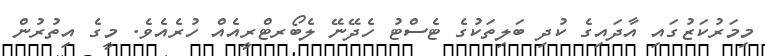
މިމަރުކަޒުގައި އާދައިގެ ކުދި ބަލިތަކުގެ ޓެސްޓު ހެދޭނޭ ލެބޯރޓްރީއެއް ހުރެއެވެ. މީގެ އިތުރުން